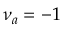
\nu _ { a } = - 1